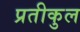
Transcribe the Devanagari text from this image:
प्रतीकुल